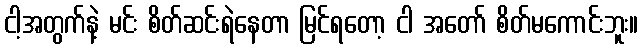
ငါ့အတွက်နဲ့ မင်း စိတ်ဆင်းရဲနေတာ မြင်ရတော့ ငါ အတော် စိတ်မကောင်းဘူး။